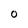
Character: O